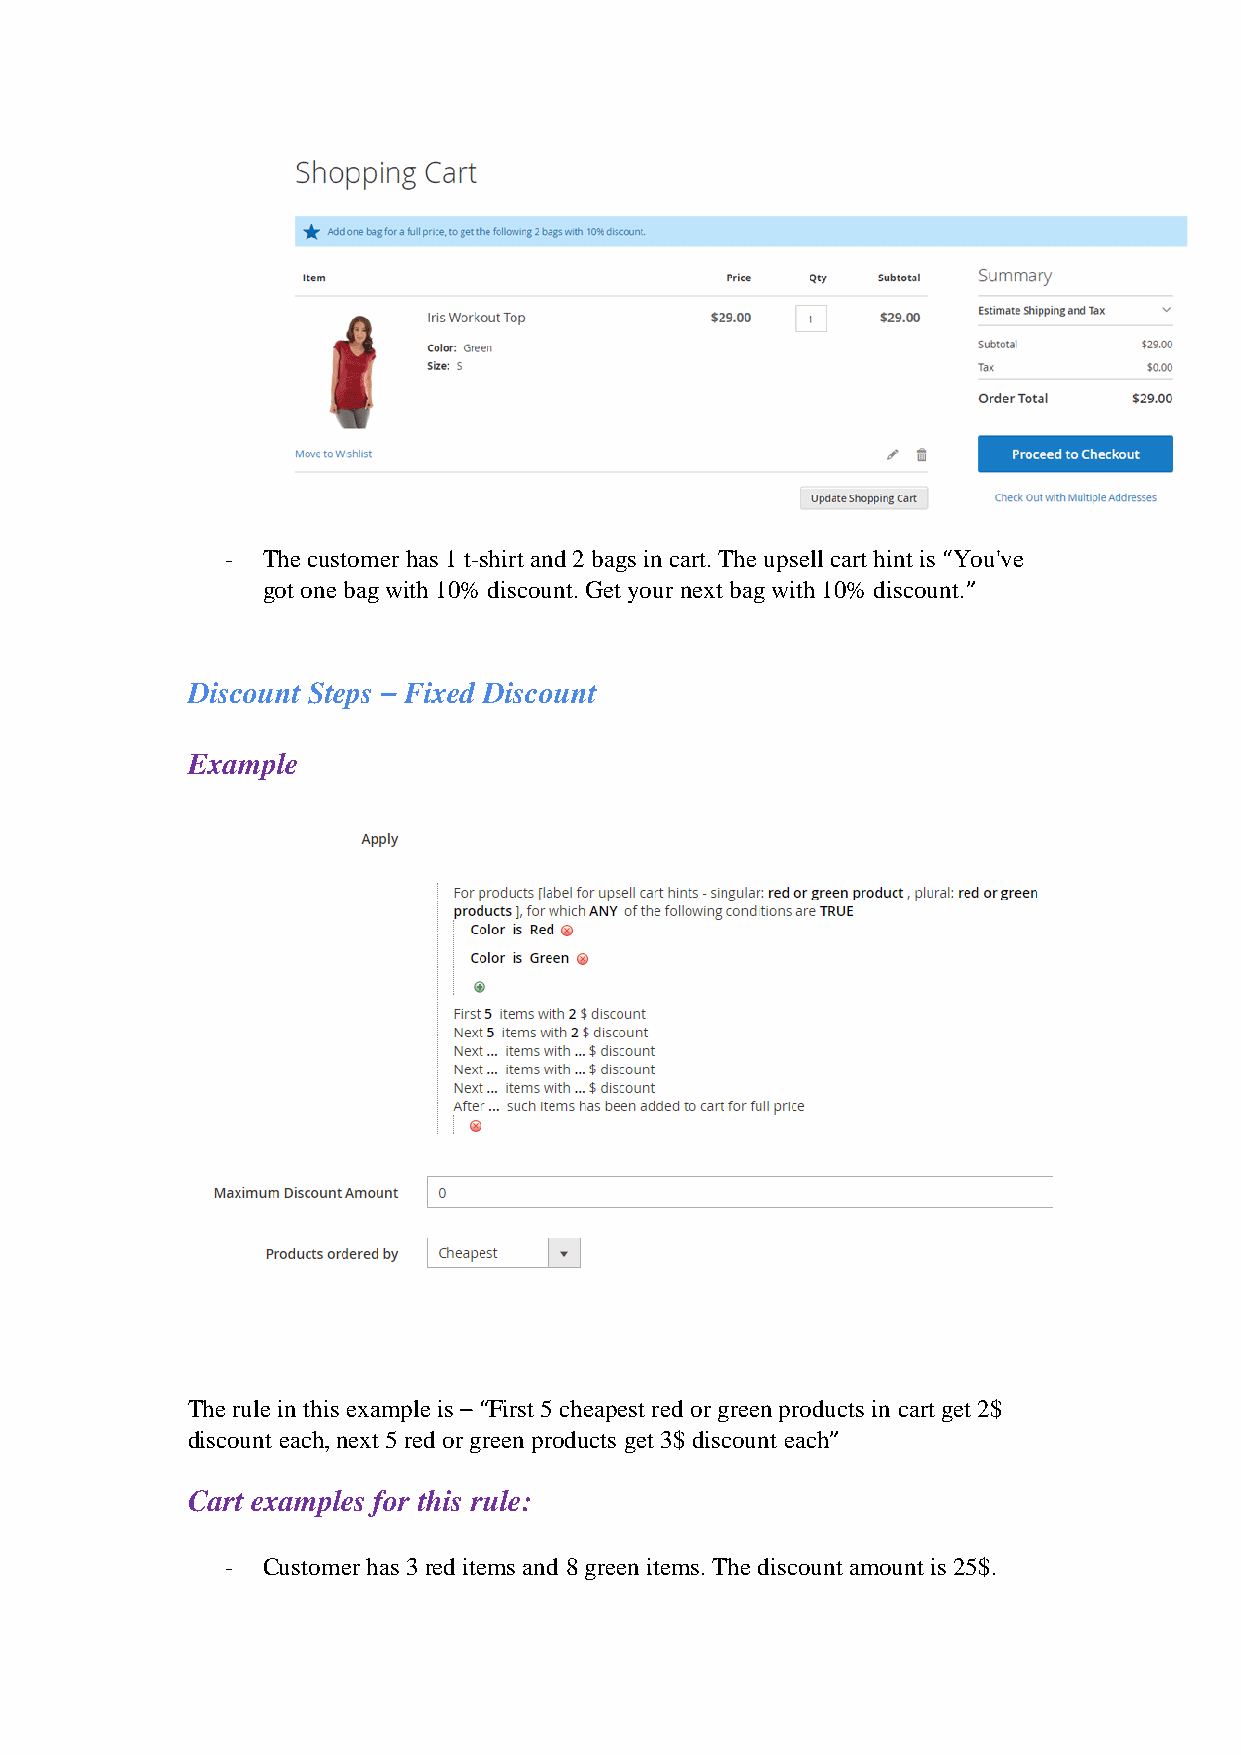
- The customer has 1 t-shirt and 2 bags in cart. The upsell cart hint is “You've
 got one bag with 10% discount. Get your next bag with 10% discount.”
 Discount Steps – Fixed Discount
 Example
 The rule in this example is – “First 5 cheapest red or green products in cart get 2$
 discount each, next 5 red or green products get 3$ discount each”
 Cart examples for this rule:
 - Customer has 3 red items and 8 green items. The discount amount is 25$.